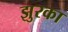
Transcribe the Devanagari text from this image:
झुरका